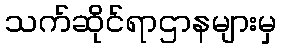
သက်ဆိုင်ရာဌာနများမှ